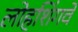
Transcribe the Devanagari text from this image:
लोहशिंगवे